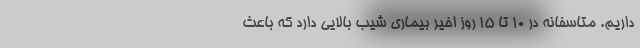
داریم. متاسفانه در ۱۰ تا ۱۵ روز اخیر بیماری شیب بالایی دارد که باعث